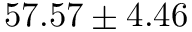
5 7 . 5 7 \pm 4 . 4 6